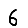
Digit: 6